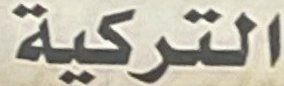
التركیة‌